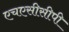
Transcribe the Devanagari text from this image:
एचएसीसीपी